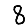
Digit: 8